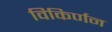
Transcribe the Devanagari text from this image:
विकिर्णन